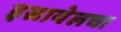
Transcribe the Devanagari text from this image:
इस्रायेलचा